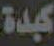
كبدة